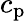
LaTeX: c_{\mathrm{p}}